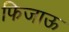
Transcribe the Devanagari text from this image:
फिजाऊ